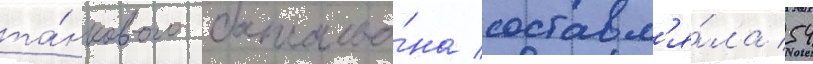
та́нкового батальо́на составл'я́ла 54